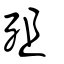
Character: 殂